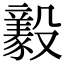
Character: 𣫚